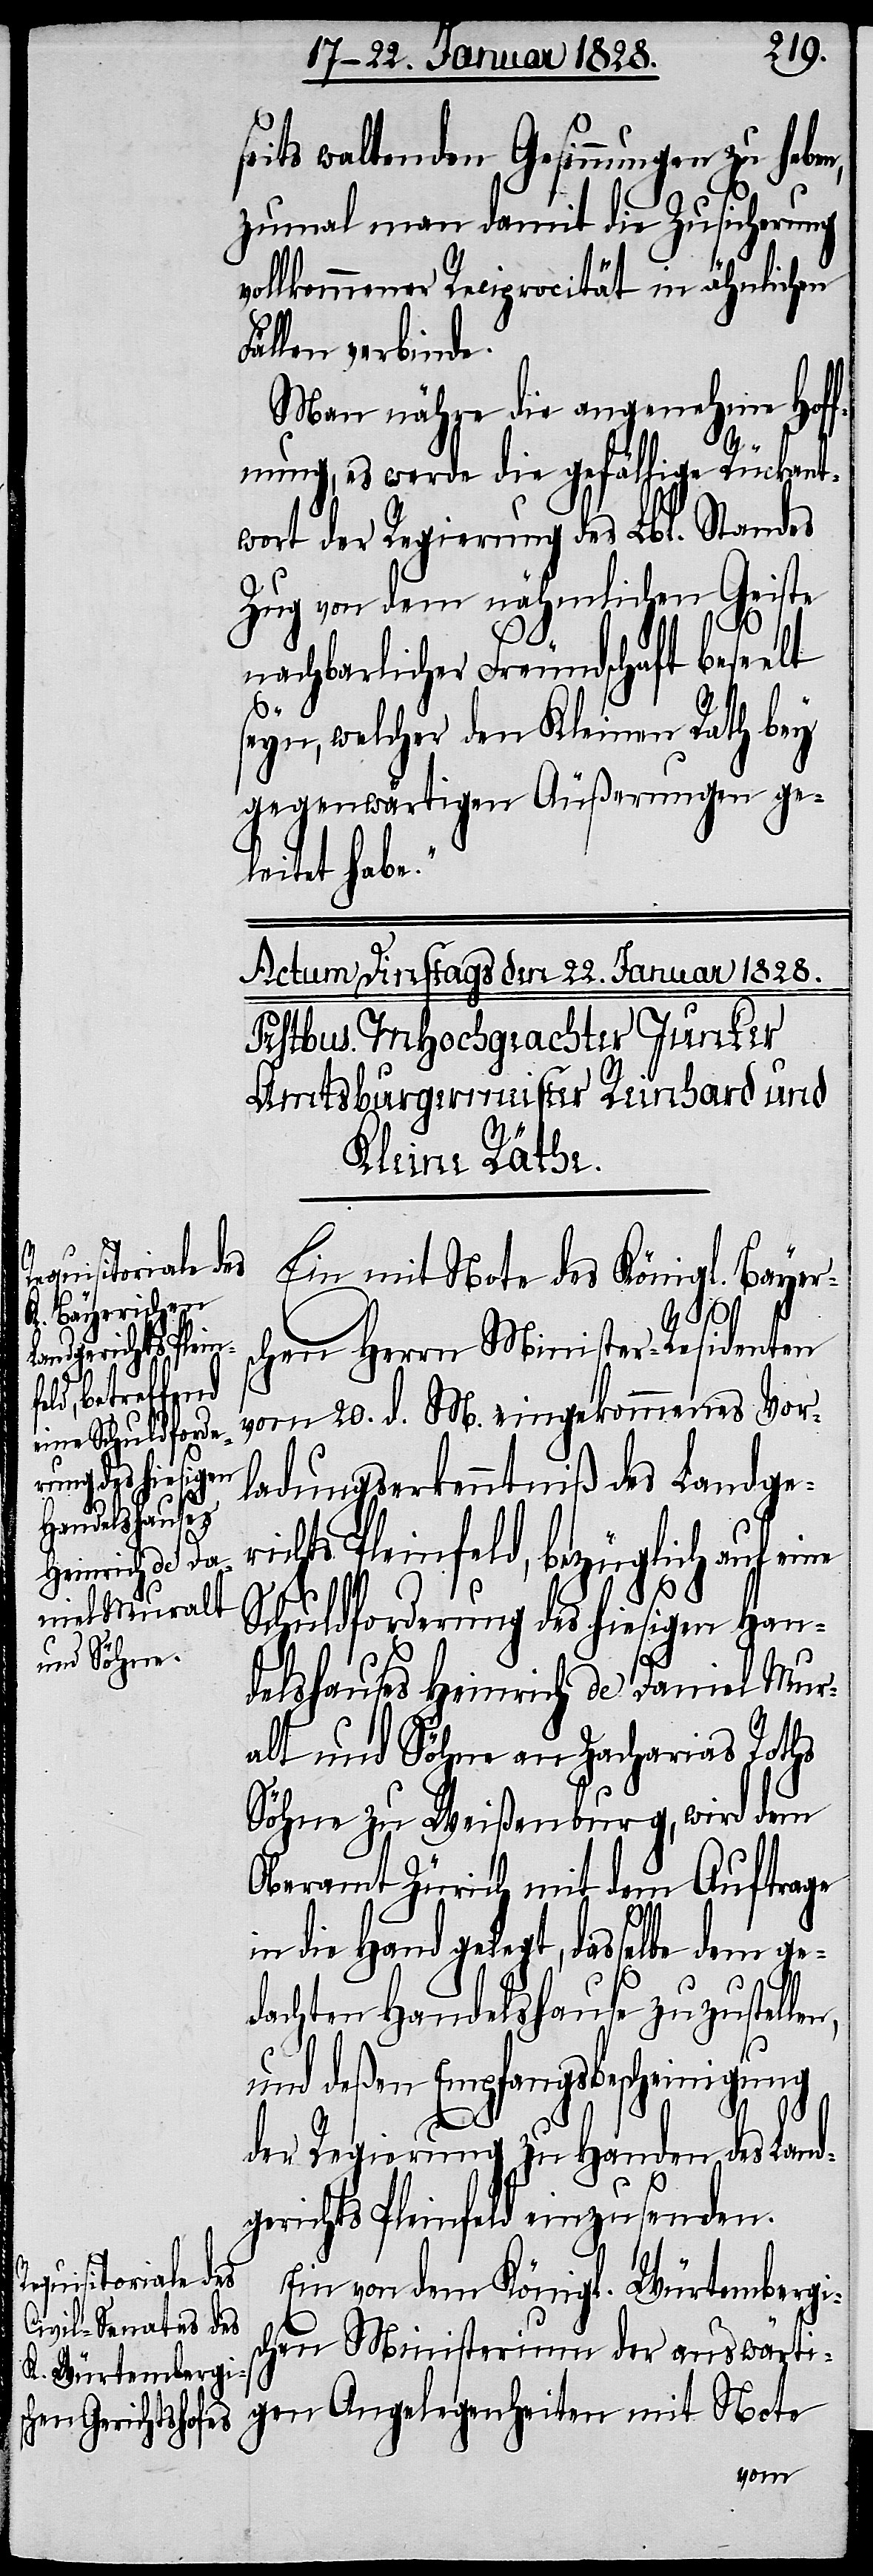
seits waltenden Gesinnungen zu habe¬
zumal man damit die Zusicherung
vollkommener Reciprocität in ähnlichen
Fällen verbinde.
Man nähre die angenehme Hoff¬
nung, es werde gefällige Rückant¬
wort der Regierung des Lbl. Standes
Zug von dem nähmlichen Geiste
nachbarlicher Freundschaft beseelt
seyn, welcher den Kleinen Rath bey
gegenwärtigen Äußerungen ge¬
leitet habe:“
Ein mit Note des Königl. Bayeri¬
mit Note
schen Herrn Minister-Residenten
vom 20. d. M. eingekommenes Vor¬
Angelegenheiten
ladungserkenntniß des Landge¬
Pleinfeld, bezüglich auf
Schuldforderung des hiesigen Han¬
delshauses Heinrich de Daniel Mur¬
alt und Söhne an Zacharias Roths
Söhne zu Weißenburg, wird dem
Oberamt Zürich mit dem Auftrage
in die Hand gelegt, dasselbe dem ge¬
dachten Handelshause zuzustelle¬
gen
und deßen Empfangsbescheinigung
der Regierung zu Handen des Landg¬
erichts Pleinfeld einzusenden.
Ein von dem Königl. Würtembergis¬
chen Ministerium der auswärti¬